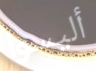
أليسوا